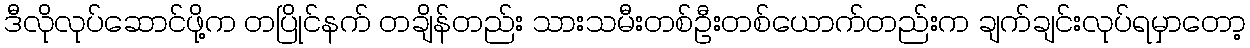
ဒီလိုလုပ်ဆောင်ဖို့က တပြိုင်နက် တချိန်တည်း သားသမီးတစ်ဦးတစ်ယောက်တည်းက ချက်ချင်းလုပ်ရမှာတော့